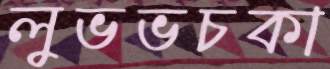
লুভভচকা